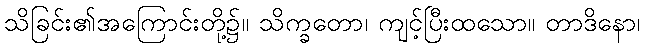
သိခြင်း၏အကြောင်းတို့၌။ သိက္ခတော၊ ကျင့်ပြီးထသော။ တာဒိနော၊